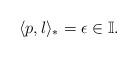
LaTeX: \begin{align*} \langle p, l \rangle_* = \epsilon \in \mathbb{I}. \end{align*}